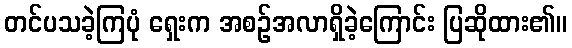
တင်ပသခဲ့ကြပုံ ရှေးက အစဉ်အလာရှိခဲ့ကြောင်း ပြဆိုထား၏။